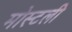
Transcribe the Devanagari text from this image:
मोस्टली